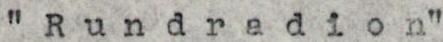
" Rundradion"